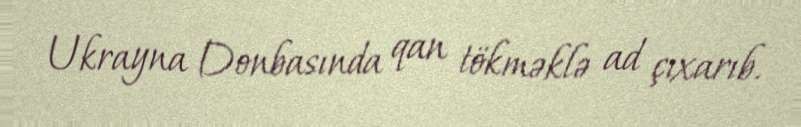
Ukrayna Donbasında qan tökməklə ad çıxarıb.